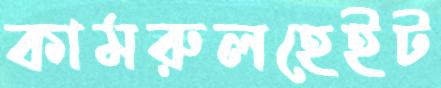
কামরুলহেইট